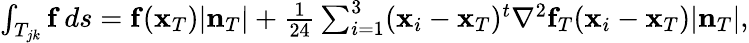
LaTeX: \begin{array}{r}{\int_{T_{jk}}{\mathbf f}\, ds={\mathbf f}({\mathbf x}_{T})|{\mathbf n}_{T}|+\frac{1}{24}\sum_{i=1}^{3}({\mathbf x}_{i}-{\mathbf x}_{T})^{t}\nabla^{2}{\mathbf f}_{T}({\mathbf x}_{i}-{\mathbf x}_{T})|{\mathbf n}_{T}|,}\end{array}